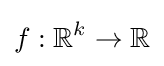
f:\mathbb {R} ^{k}\to \mathbb {R}